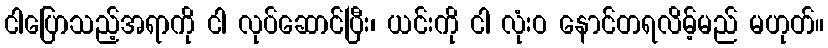
ငါပြောသည့်အရာကို ငါ လုပ်ဆောင်ပြီး၊ ယင်းကို ငါ လုံးဝ နောင်တရလိမ့်မည် မဟုတ်။